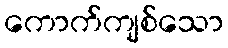
ကောက်ကျစ်သော